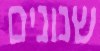
שנונים